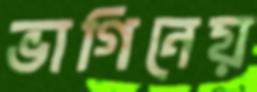
ভাগিনেয়